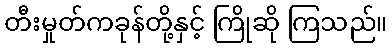
တီးမှုတ်ကခုန်တို့နှင့် ကြိုဆို ကြသည်။